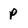
Character: p